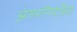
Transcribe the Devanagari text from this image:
अंतरनियंत्रित